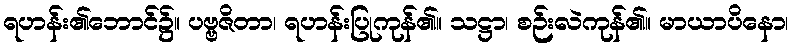
ရဟန်း၏ဘောင်၌။ ပဗ္ဗဇိတာ၊ ရဟန်းပြုကုန်၏။ သဋ္ဌာ၊ စဉ်းလဲကုန်၏။ မာယာပိနော၊